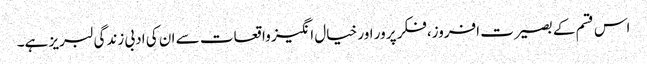
اس قسم کے بصیرت افروز،فکر پرور اور خیال انگیز واقعات سے ان کی ادبی زندگی لبریز ہے۔